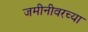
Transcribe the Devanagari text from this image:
जमीनीवरच्या